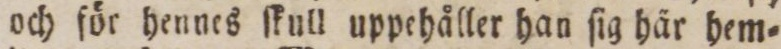
och för hennes ſkull uppehåller han ſig här hem=